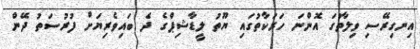
އިނގިރޭސި ވިލާތުގަ އޮންނަ ހަރަކާތުގައި ޔޫތު ލީޑާޝިޕްގެ ދެ ބައިވެރިޔަށް ފުރުސަތު ދޭން